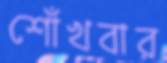
শোঁখবার